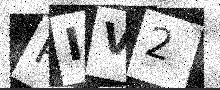
Text: PIV2